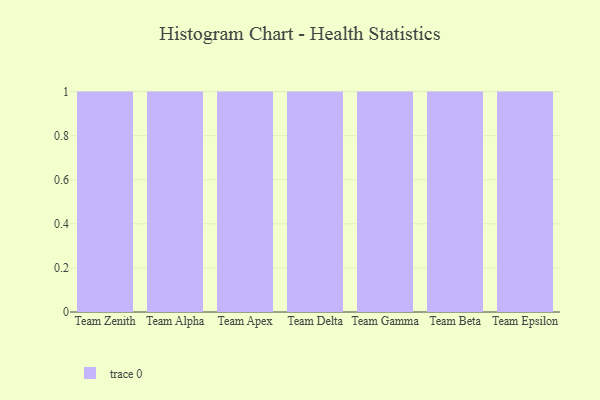
{"axis": {"x": "Team", "y": "Shipments"}, "legend": [""], "data": [{"x": "Team Zenith", "y": 59, "type": ""}, {"x": "Team Alpha", "y": 11, "type": ""}, {"x": "Team Apex", "y": 63, "type": ""}, {"x": "Team Delta", "y": 41, "type": ""}, {"x": "Team Gamma", "y": 93, "type": ""}, {"x": "Team Beta", "y": 49, "type": ""}, {"x": "Team Epsilon", "y": 79, "type": ""}]}